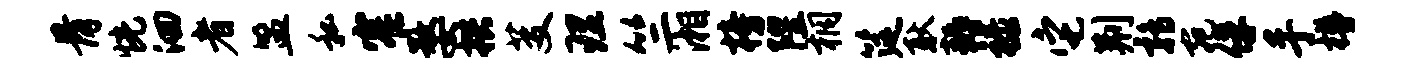
骨恍洄者盟私窄婺拱芟理竺湘榜隍桐筵耿耨禄它荆鹑宛俘手樽